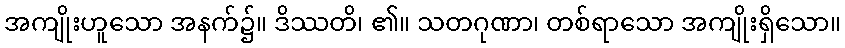
အကျိုးဟူသော အနက်၌။ ဒိဿတိ၊ ၏။ သတဂုဏာ၊ တစ်ရာသော အကျိုးရှိသော။